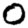
Digit: 0